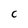
Character: C